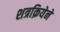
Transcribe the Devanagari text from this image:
शत्रक्रियेने